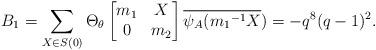
LaTeX: \begin{align*} B_{1}=\sum_{X \in S(0)}\Theta_{\theta} \begin{bmatrix} m_{1} & X\\ 0 & m_{2}\end{bmatrix} \overline{\psi_{A}({m_{1}}^{-1}X})=-q^{8}(q-1)^{2}. \end{align*}